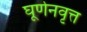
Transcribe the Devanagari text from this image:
घूर्णनवृत्त